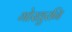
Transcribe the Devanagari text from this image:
गोखुरनि